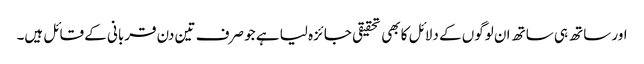
اور ساتھ ہی ساتھ ان لوگوں کے دلائل کا بھی تحقیقی جائزہ لیا ہے جو صرف تین دن قربانی کے قائل ہیں۔